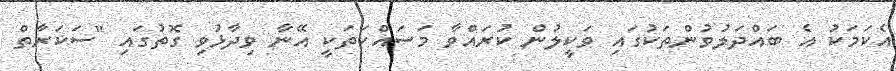
އެކަމަކު އެ ބައްދަލުވުންތަކުގައި ވަކީލުން ކުރައްވާ މަސައްކަތަކީ އޭނާ ވިދާޅުވި ގޮތުގައި "ސަކަރާތް